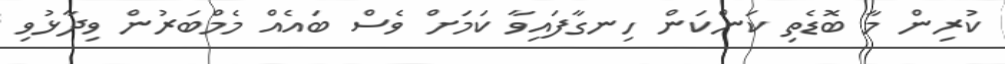
ކުރިން މާ ބޮޑެތި ކަންކަން ހިނގާފައިވާ ކަމަށް ވެސް ބައެއް މެމްބަރުން ވިދާޅުވި